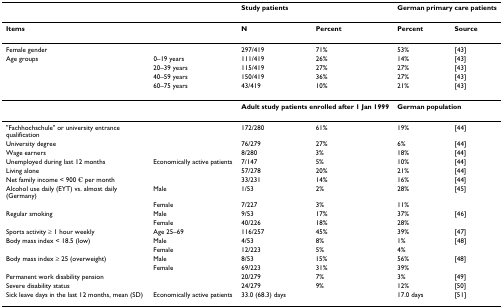
|  |  | <COLSPAN=2> Study patients | <COLSPAN=2> German primary care patients |
 | --- | --- | --- | --- | --- | --- |
 | Items |  | N | Percent | Percent | Source |
 | Female gender |  | 297/419 | 71% | 53% | [43] |
 | Age groups | 0–19 years | 111/419 | 26% | 14% | [43] |
 |  | 20–39 years | 115/419 | 27% | 27% | [43] |
 |  | 40–59 years | 150/419 | 36% | 27% | [43] |
 |  | 60–75 years | 43/419 | 10% | 21% | [43] |
 |  |  | <COLSPAN=2> Adult study patients enrolled after 1 Jan 1999 | <COLSPAN=2> German population |
 | "Fachhochschule" or university entrance qualification |  | 172/280 | 61% | 19% | [44] |
 | University degree |  | 76/279 | 27% | 6% | [44] |
 | Wage earners |  | 8/280 | 3% | 18% | [44] |
 | Unemployed during last 12 months | Economically active patients | 7/147 | 5% | 10% | [44] |
 | Living alone |  | 57/278 | 20% | 21% | [44] |
 | Net family income < 900 € per month |  | 33/231 | 14% | 16% | [44] |
 | Alcohol use daily (EYT) vs. almost daily (Germany) | Male | 1/53 | 2% | 28% | [45] |
 |  | Female | 7/227 | 3% | 11% |  |
 | Regular smoking | Male | 9/53 | 17% | 37% | [46] |
 |  | Female | 40/226 | 18% | 28% |  |
 | Sports activity ≥ 1 hour weekly | Age 25–69 | 116/257 | 45% | 39% | [47] |
 | Body mass index < 18.5 (low) | Male | 4/53 | 8% | 1% | [48] |
 |  | Female | 12/223 | 5% | 4% |  |
 | Body mass index ≥ 25 (overweight) | Male | 8/53 | 15% | 56% | [48] |
 |  | Female | 69/223 | 31% | 39% |  |
 | Permanent work disability pension |  | 20/279 | 7% | 3% | [49] |
 | Severe disability status |  | 24/279 | 9% | 12% | [50] |
 | Sick leave days in the last 12 months, mean (SD) | Economically active patients | <COLSPAN=2> 33.0 (68.3) days | 17.0 days | [51] |